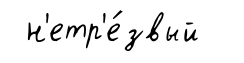
н'етр'е́звый